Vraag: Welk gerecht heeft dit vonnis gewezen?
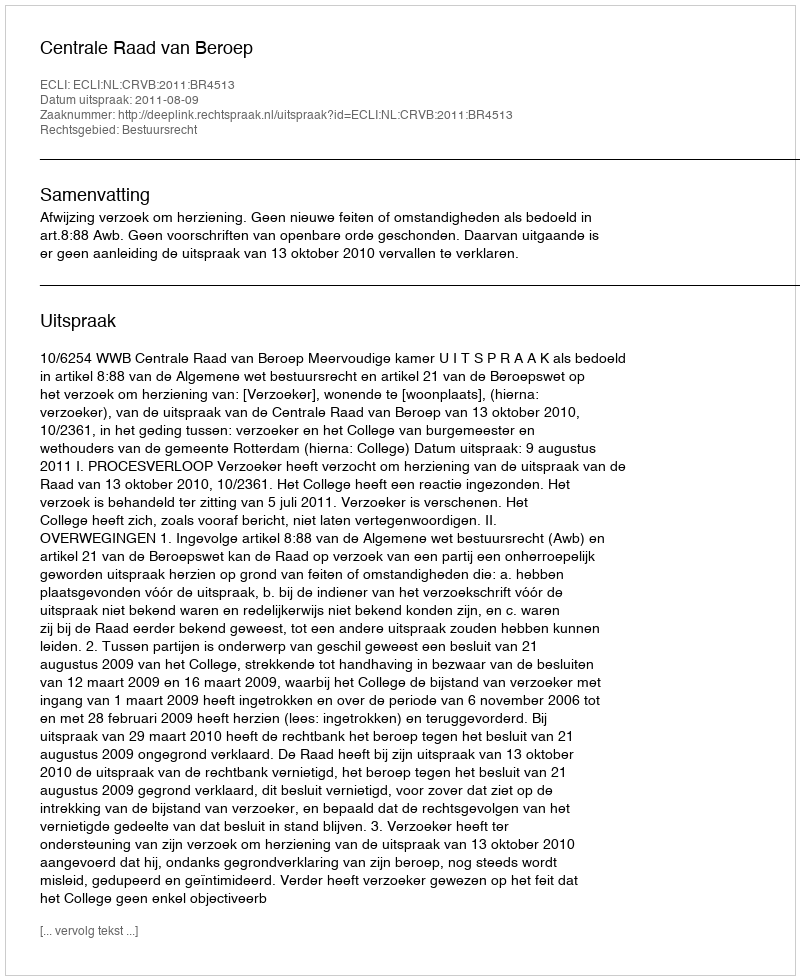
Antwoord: Centrale Raad van Beroep